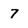
Character: 7